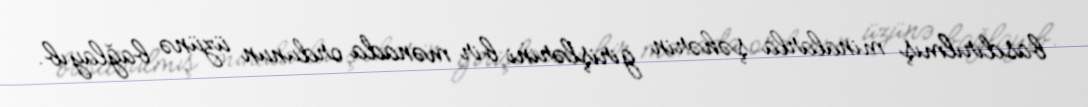
basdırılmış minalarla şəhərin girişlərini bir mənada ordunun üzünə bağlayıb.